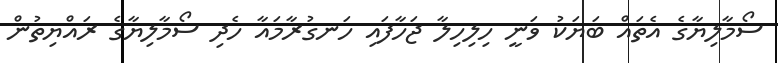
ސޯމާލިޔާގެ އެތައް ބަޔަކު ވަނީ ހިލިހިލާ ޖަހާފައި ހަނގުރާމައާ ހެދި ސޯމާލިޔާގެ ރައްޔިތުން